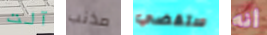
آلت مذنب ستقضي أنه